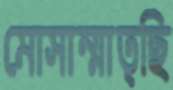
মোসাম্মাত্ছি